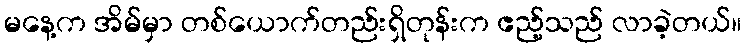
မနေ့က အိမ်မှာ တစ်ယောက်တည်းရှိတုန်းက ဧည့်သည် လာခဲ့တယ်။